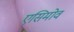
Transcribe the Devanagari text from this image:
एसिमोव